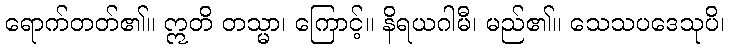
ရောက်တတ်၏။ ဣတိ တသ္မာ၊ ကြောင့်။ နိရယဂါမီ၊ မည်၏။ သေသပဒေသုပိ၊